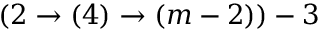
( 2 \rightarrow ( 4 ) \rightarrow ( m - 2 ) ) - 3